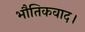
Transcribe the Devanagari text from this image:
भौतिकवाद।